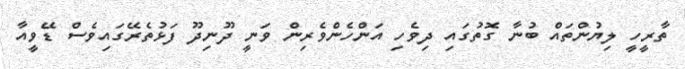
ތާރީހީ ލިޔުންތައް ބުނާ ގޮތުގައި ދިވެހި އަންހެންވެރިން ވަނީ ދޫނިދޫ ފަޅުތެރޭގައިވެސް ޑޭވީއާ